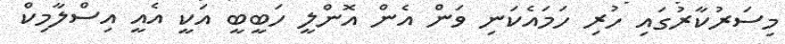
މިސަރުކާރުގައި ހުރި ހަމައެކަނި ވަން އެން އޮންލީ ހަބީބީ އަކީ އެއީ އިސްލާމިކް